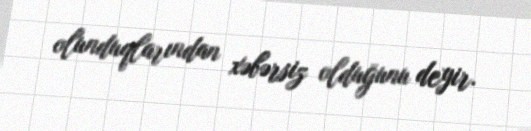
olunduqlarından xəbərsiz olduğunu deyir.